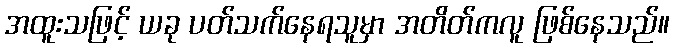
အထူးသဖြင့် ယခု ပတ်သက်နေရသူမှာ အတိတ်ကလူ ဖြစ်နေသည်။